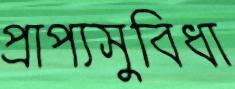
প্রাপ্যসুবিধা